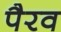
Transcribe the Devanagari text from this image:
पैरव